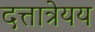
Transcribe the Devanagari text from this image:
दत्तात्रेयय